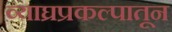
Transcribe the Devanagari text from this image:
व्याघ्रप्रकल्पातून